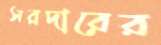
সরদারের